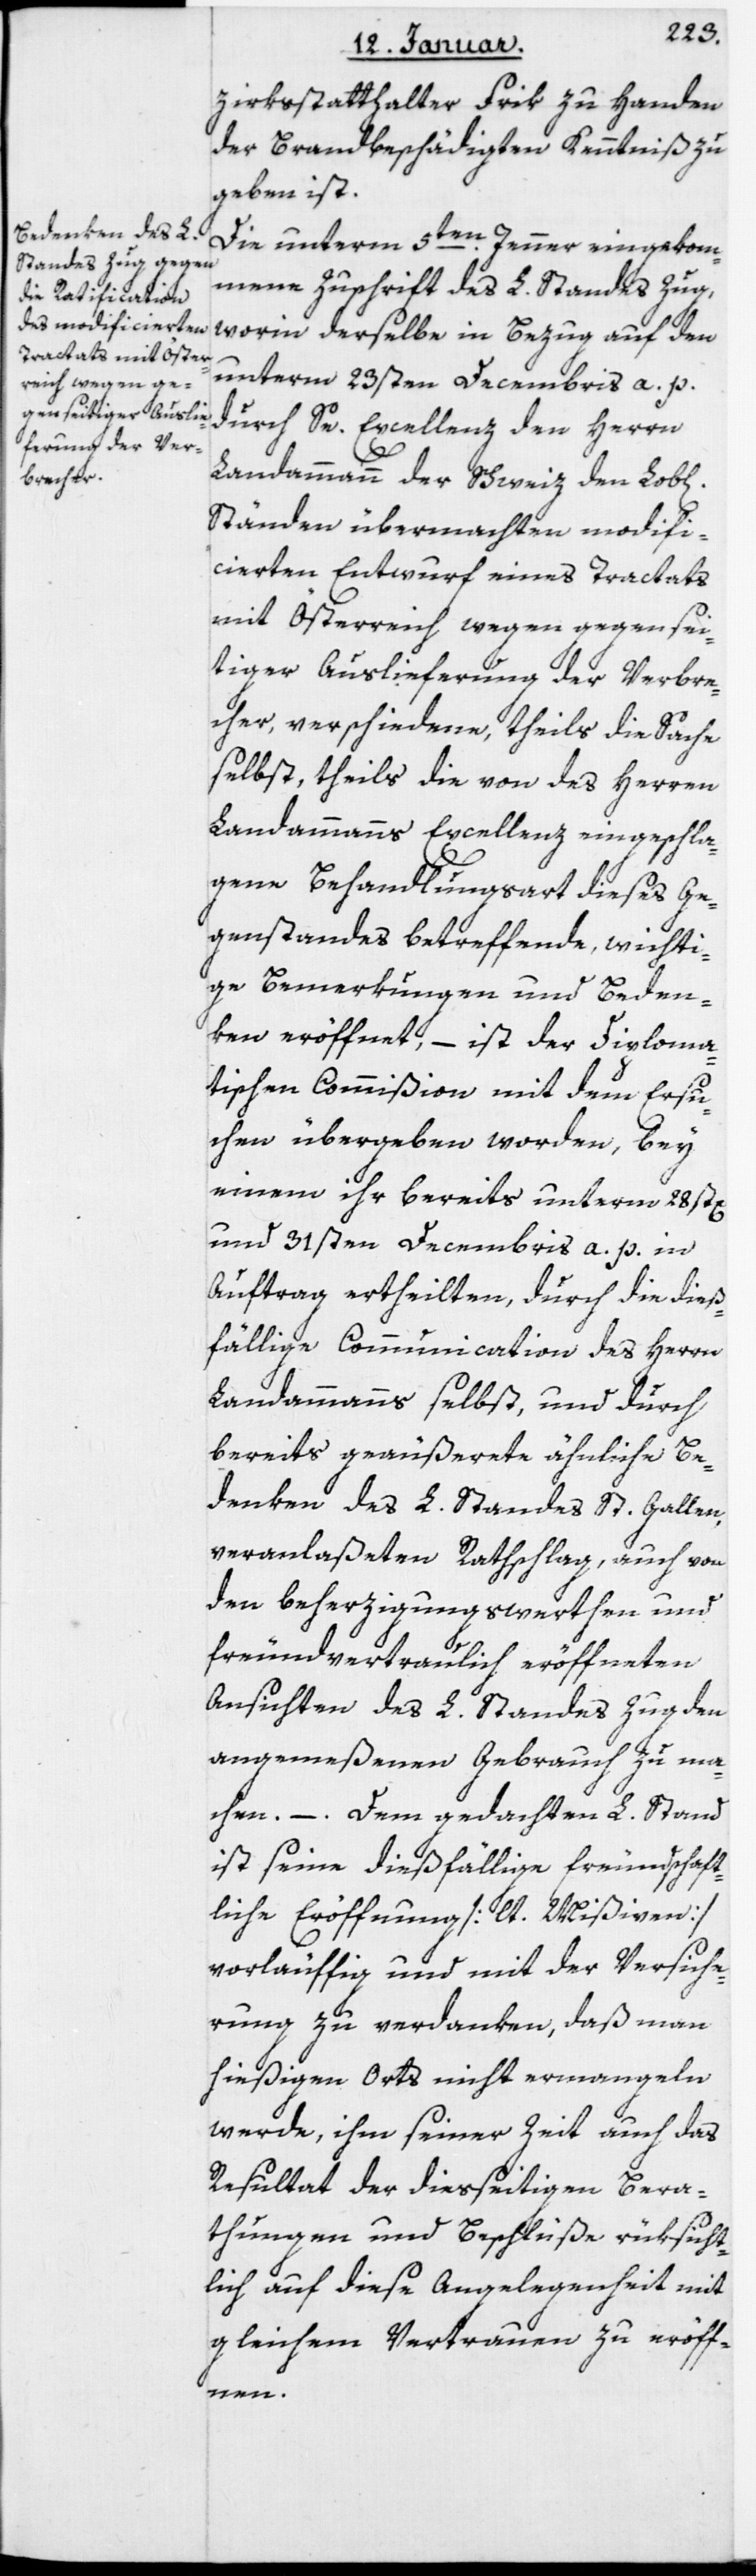
zirksstatthalter Frik zu Handen
der Brandbeschädigten Kenntniß zu
geben ist.
Die unterm 5ten Jenner eingekom¬
mene Zuschrift des L. Standes Zug,
worin derselbe in Bezug auf den
unterm 23sten Decembris a. p.
durch Se Excellenz den Herrn
Landammann der Schweiz den Lobl.
Ständen übermachten modifi¬
cierten Entwurf eines Tractats
mit Österreich wegen gegensei¬
tiger Auslieferung der Verbre¬
cher, verschiedene, theils die Sache
selbst, theils die von des Herren
Landammanns Excellenz eingeschla¬
gene Behandlungsart dieses Ge¬
genstandes betreffende, wichti¬
ge Bemerkungen und Beden¬
ken eröffnet, ist der Diploma¬
tischen Commißion mit dem Ersu¬
chen übergeben worden, bey
einem ihr bereits unterm 28st[en]
und 31sten Decembris a. p. in
Auftrag ertheilten, durch die dieß¬
fällige Communication des Herrn
Landammanns selbst, und durch
bereits geäußerte ähnliche Be¬
denken des L. Standes St. Gallen
veranlaßeten Rathschlag, auch von
den beherzigungswerten und
freundvertraulich eröffneten
Ansichten des Lobl. Standes Zug den
angemeßenen Gebrauch zu ma¬
chen. – Dem gedachten Lobl. Stand
ist seine dießfällige freundschaft¬
liche Eröffnung [lt. Mißiven]
vorläuffig und mit der Versiche¬
rung zu verdanken, daß man
hießigen Orts nicht ermangeln
werde, ihm seiner Zeit auch das
Resultat der dießeitigen Bera¬
thungen und Beschlüße rüksicht¬
lich auf diese Angelegenheit mit
gleichem Vertrauen zu eröff¬
nen.